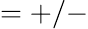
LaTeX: =+/-